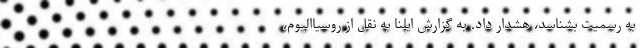
به رسمیت بشناسد، هشدار داد. به گزارش ایلنا به نقل از روسیاالیوم،